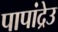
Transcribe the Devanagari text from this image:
पापांद्रेउ